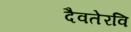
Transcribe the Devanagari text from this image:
दैवतेरवि